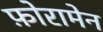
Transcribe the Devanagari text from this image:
फ़ोरामेन